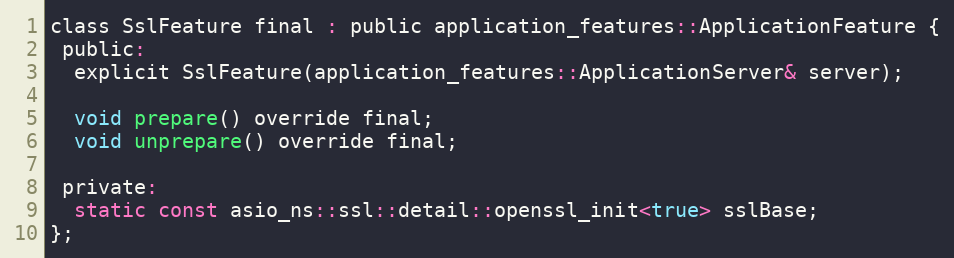
Language: C
class SslFeature final : public application_features::ApplicationFeature {
 public:
  explicit SslFeature(application_features::ApplicationServer& server);

  void prepare() override final;
  void unprepare() override final;

 private:
  static const asio_ns::ssl::detail::openssl_init<true> sslBase;
};